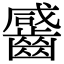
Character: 䶠